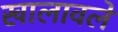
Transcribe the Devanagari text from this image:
खालावले